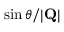
\sin \theta / | \mathbf { Q } |